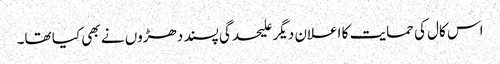
اس کال کی حمایت کا اعلان دیگر علیحدگی پسند دھڑوں نے بھی کیا تھا۔